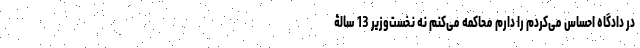
در دادگاه احساس می‌کردم را دارم محاکمه می‌کنم نه نخست‌وزیر 13 سالۀ